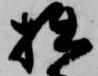
拙